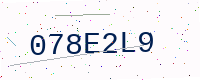
Text: 078E2L9